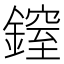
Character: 𨫐